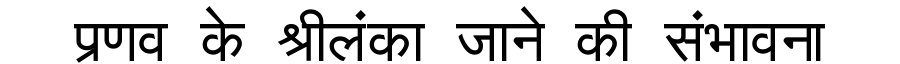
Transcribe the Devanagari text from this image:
प्रणव के श्रीलंका जाने की संभावना